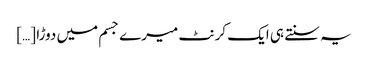
یہ سنتے ہی ایک کرنٹ میرے جسم میں دوڑا […]